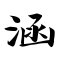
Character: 涵